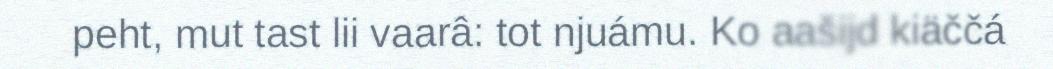
peht, mut tast lii vaarâ: tot njuámu. Ko aašijd kiäččá